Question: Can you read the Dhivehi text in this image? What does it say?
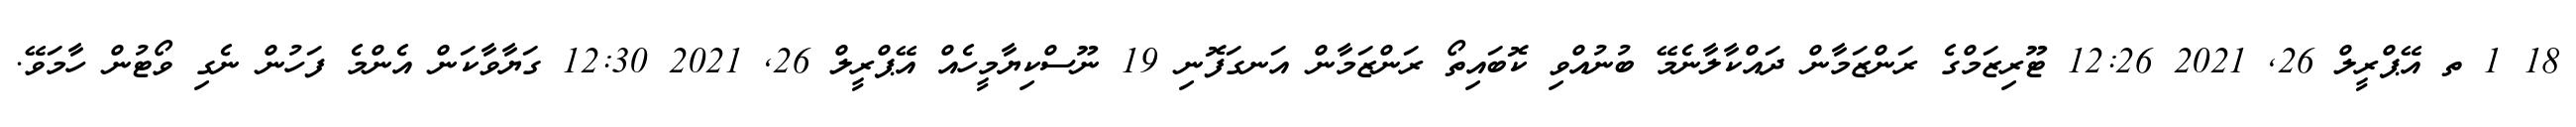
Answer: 18 1 ތ އޭޕްރީލް 26, 2021 12:26 ޓޫރިޒަމްގެ ރަންޒަމާން ދައްކާލާނެމޭ ބުނުއްވި ކޮބައިތޯ ރަންޒަމާން އަނގަފޮނި 19 ނޫސްކިޔާމީހެއް އޭޕްރީލް 26, 2021 12:30 ގަޔާވާކަން އެންމެ ފަހުން ނެގި ވޯޓުން ހާމަވޭ.